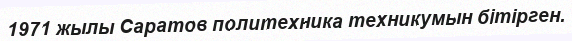
1971 жылы Саратов политехника техникумын бітірген.